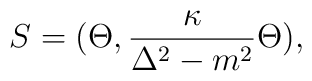
S =    (\Theta, {\kappa \over \Delta^2-m^2}\Theta) ,